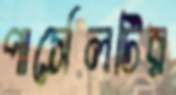
পার্সেলটির